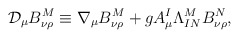
\begin{align*}\mathcal{D}_{\mu}B_{\nu\rho}^{M}\equiv\nabla_{\mu}B_{\nu\rho}^{M}+gA_{\mu}^{I}\Lambda_{IN}^{M}B_{\nu\rho}^{N},\end{align*}